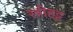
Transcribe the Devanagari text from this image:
स्त्रीहट्ट